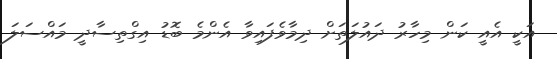
އަކީ އެއީ ކަން މިހާރު ދައުލަތަށް ދިމާވެފައިވާ އެންމެ ބޮޑު އިގްތިސާދީ މައްސަލަ